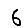
Digit: 6